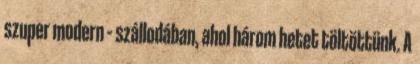
szuper modern – szállodában, ahol három hetet töltöttünk. A